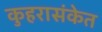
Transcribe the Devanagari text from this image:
कुहरासंकेत